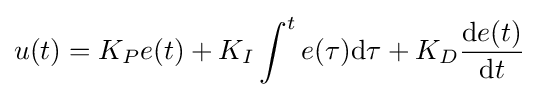
u(t)=K_{P}e(t)+K_{I}\int ^{t}e(\tau ){\text{d}}\tau +K_{D}{\frac {{\text{d}}e(t)}{{\text{d}}t}}